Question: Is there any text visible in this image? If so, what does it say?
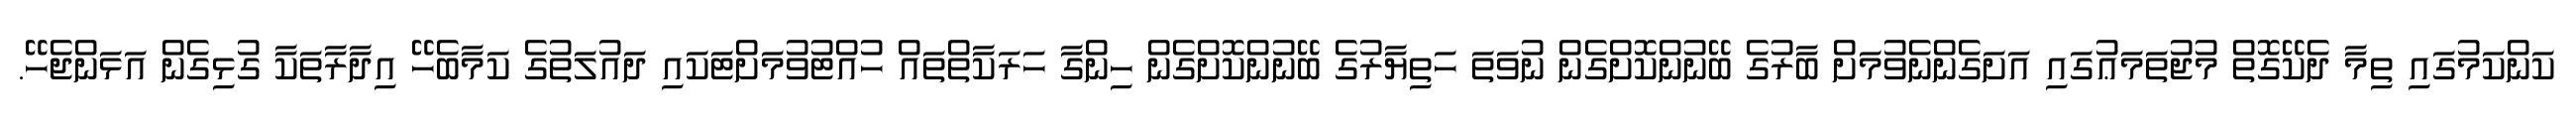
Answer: ކަންކަމުގައި ތިމާ ދެކޭގޮތް މުޖުތަމަޢުގައި އަށަގެންނެވުމަށް ބާރުގެ ބޭނުންކޮށްގެން ނުވަތަ ހަތިޔާރުގެ ބޭނުންކޮށްގެން ހިންގާ ހަރަކާތްތައް ހުއްޓުވުމަށްޓަކައި ދައުލަތުގެ ކަމާބެހޭ އިދާރާތަކާ ގުޅިގެން އަޅަންޖެހޭ.